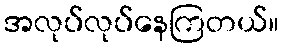
အလုပ်လုပ်နေကြတယ်။